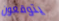
يتوقعون